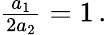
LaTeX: \begin{array}{r}{\frac{a_{1}}{2a_{2}}=1\, .}\end{array}